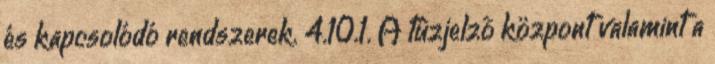
és kapcsolódó rendszerek. 4.10.1. A tûzjelzõ központ valamint a